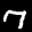
Label: 7